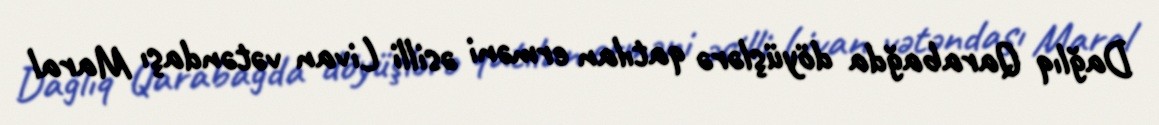
Dağlıq Qarabağda döyüşlərə qatılan erməni əsilli Livan vətəndaşı Maral